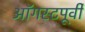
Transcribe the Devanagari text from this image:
ऑगस्टपूर्वी